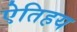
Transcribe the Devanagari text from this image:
ऐतिहय